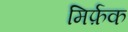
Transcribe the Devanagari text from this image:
मिर्फ़क